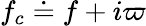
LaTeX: f_{c}\doteq f+i\varpi